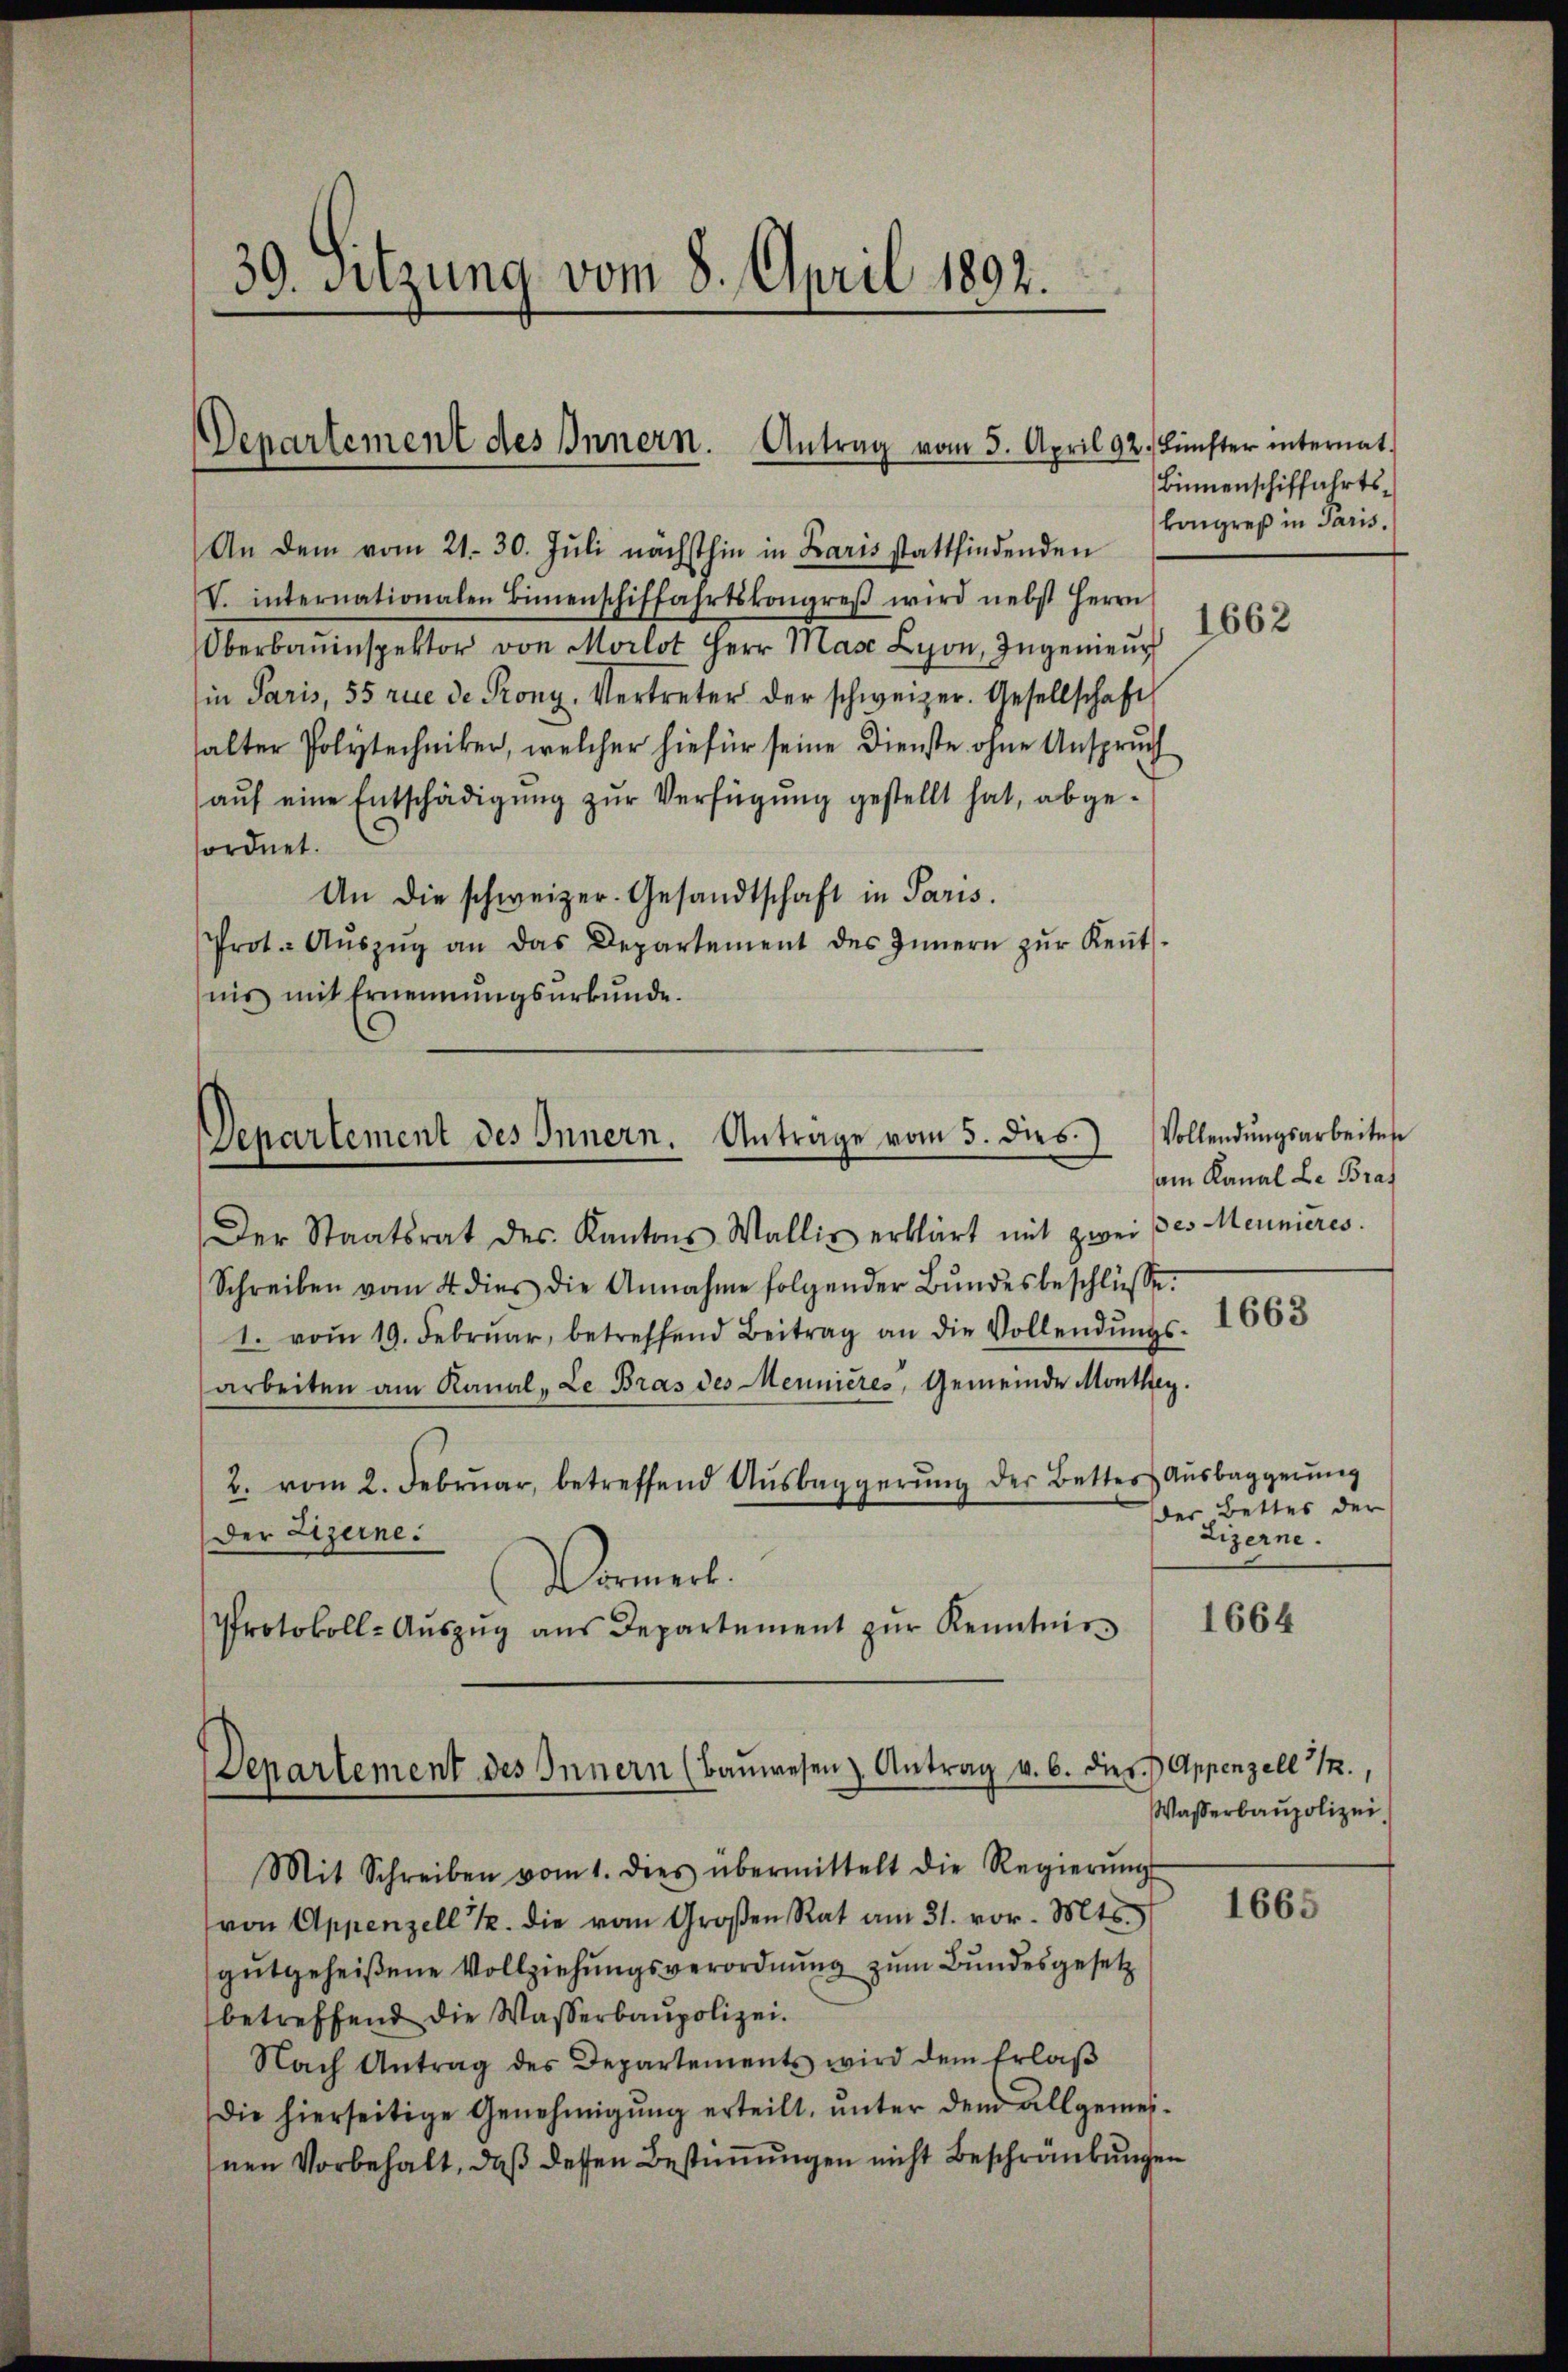
39. Sitzung vom 8. April 1892.

Departement des Innern. Antrag vom 5. April 9

An dem vom 21. 30. Juli nächsthin in Karis stattfindenden
V. internationalen Birmenschiffahrtskongreβ wird nebst Herrn
Oberbauinspektor von Morlot Herr Masc Lyon, Ingenieur
in Paris, 55 rue de Pony, Vertreter der schweizer. Gesellschaft
halter Polytechniker, welcher hiefür seine Dienste ohne Anspruch
aŭf eine Entschädigung zur Verfügung gestellt hat, abgefordnet.
An die schweizer. Gesandtschaft in Paris.
Prot. Aŭszŭg an das Departement des Innern zŭr Keṅt-
nis mit Ernennŭngsŭrkŭnde.

Departement des Innern. Antrage vom 5. dies.

Departement des Innern (Baŭwesen Antrag v. 6. dies Appenzell 1.,

2. Fünfter internat.
Binnenschiffahrtskongreß in Paris.

Der Staatsrat des Kantons Wallis erklärt mit zwei Des Meunieres
Schreiben vom 4 dies die Annahme folgender Bŭndesbeschlüsse.
1. vom 19. Februar, betreffend Beitrag an die Vollendŭngs-
arbeiten am Kanal-Le Bras des Mennieres, Gemeinde Monthey.
2. vom 2. Februar, betreffend Ausbaggerŭng der Better Ausbaggerung
Der Lizerne.
rmel.
Protokoll-Aŭszŭg aŭs Departement zŭr Kenntnis
Mit Schreiben vom 1. dies übermittelt die Regierŭng
von Appenzell u. die vom Großen Rat am 31. vor. Mts.
gutgeheißene Vollziehungsverordnung zum Bundesgesetz
betreffend die Wasserbaupolizei.
Nach Antrag des Departements wird dem Erlaβ
Die hierseitige Genehmigŭng erteilt, ŭnter dem allgemei-
nen Vorbehalt, daß dessen Bestimmungen nicht Beschränkungen

1662

Vollendungsarbeiten
am Kanal Le Braf

1663

der Bettes der

1664

Wasserbaupolizei.

1665